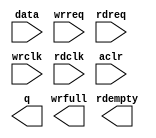
module FifoKBandIN (
		input  wire [2:0] data,    //  fifo_input.datain
		input  wire       wrreq,   //            .wrreq
		input  wire       rdreq,   //            .rdreq
		input  wire       wrclk,   //            .wrclk
		input  wire       rdclk,   //            .rdclk
		input  wire       aclr,    //            .aclr
		output wire [2:0] q,       // fifo_output.dataout
		output wire       rdempty, //            .rdempty
		output wire       wrfull   //            .wrfull
	);
endmodule